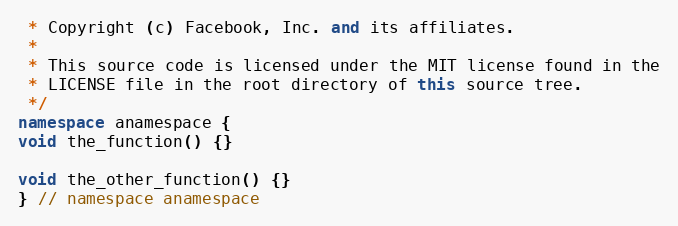
Language: C++
 * Copyright (c) Facebook, Inc. and its affiliates.
 *
 * This source code is licensed under the MIT license found in the
 * LICENSE file in the root directory of this source tree.
 */
namespace anamespace {
void the_function() {}

void the_other_function() {}
} // namespace anamespace